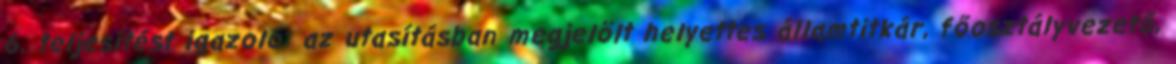
6. teljesítést igazoló: az utasításban megjelölt helyettes államtitkár, főosztályvezető,